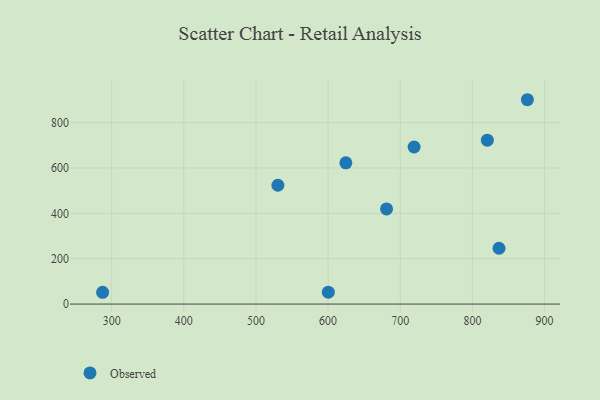
{"axis": {"x": "Experience", "y": "Exam Score"}, "legend": ["Observed"], "data": [{"x": "876.2", "y": 900.8, "type": "Observed"}, {"x": "681.0", "y": 419.5, "type": "Observed"}, {"x": "624.6", "y": 622.7, "type": "Observed"}, {"x": "820.7", "y": 722.6, "type": "Observed"}, {"x": "530.4", "y": 523.8, "type": "Observed"}, {"x": "836.9", "y": 246.0, "type": "Observed"}, {"x": "600.3", "y": 52.3, "type": "Observed"}, {"x": "287.5", "y": 52.0, "type": "Observed"}, {"x": "719.2", "y": 692.3, "type": "Observed"}]}